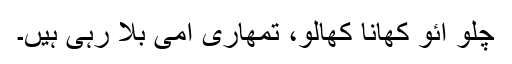
چلو آئو کھانا کھالو، تمھاری امی بْلا رہی ہیں۔